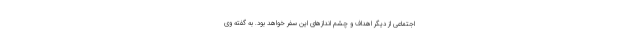
اجتماعی از دیگر اهداف و چشم اندازهای این سفر خواهد بود. به گفته وی